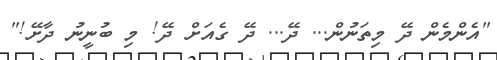
"އެންމެން ދޭ މިތަނުން... ދޭ... ދޭ ގެއަށް ދޭ! މި ބުނީނު ދާށޭ!"